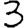
Digit: 3